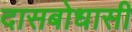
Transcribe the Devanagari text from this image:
दासबोधासी